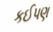
કઈપણ